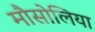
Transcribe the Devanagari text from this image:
मौसोलिया